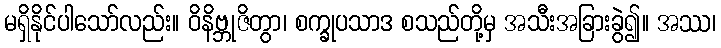
မရှိနိုင်ပါသော်လည်း။ ဝိနိဗ္ဘုဇိတွာ၊ စက္ခုပသာဒ စသည်တို့မှ အသီးအခြားခွဲ၍။ အဿ၊